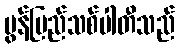
မွန်ပြည်သစ်ပါတီသည်